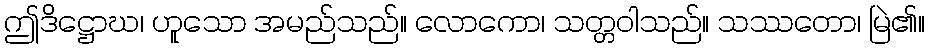
ဤဒိဋ္ဌောဃ၊ ဟူသော အမည်သည်။ လောကော၊ သတ္တဝါသည်။ သဿတော၊ မြဲ၏။